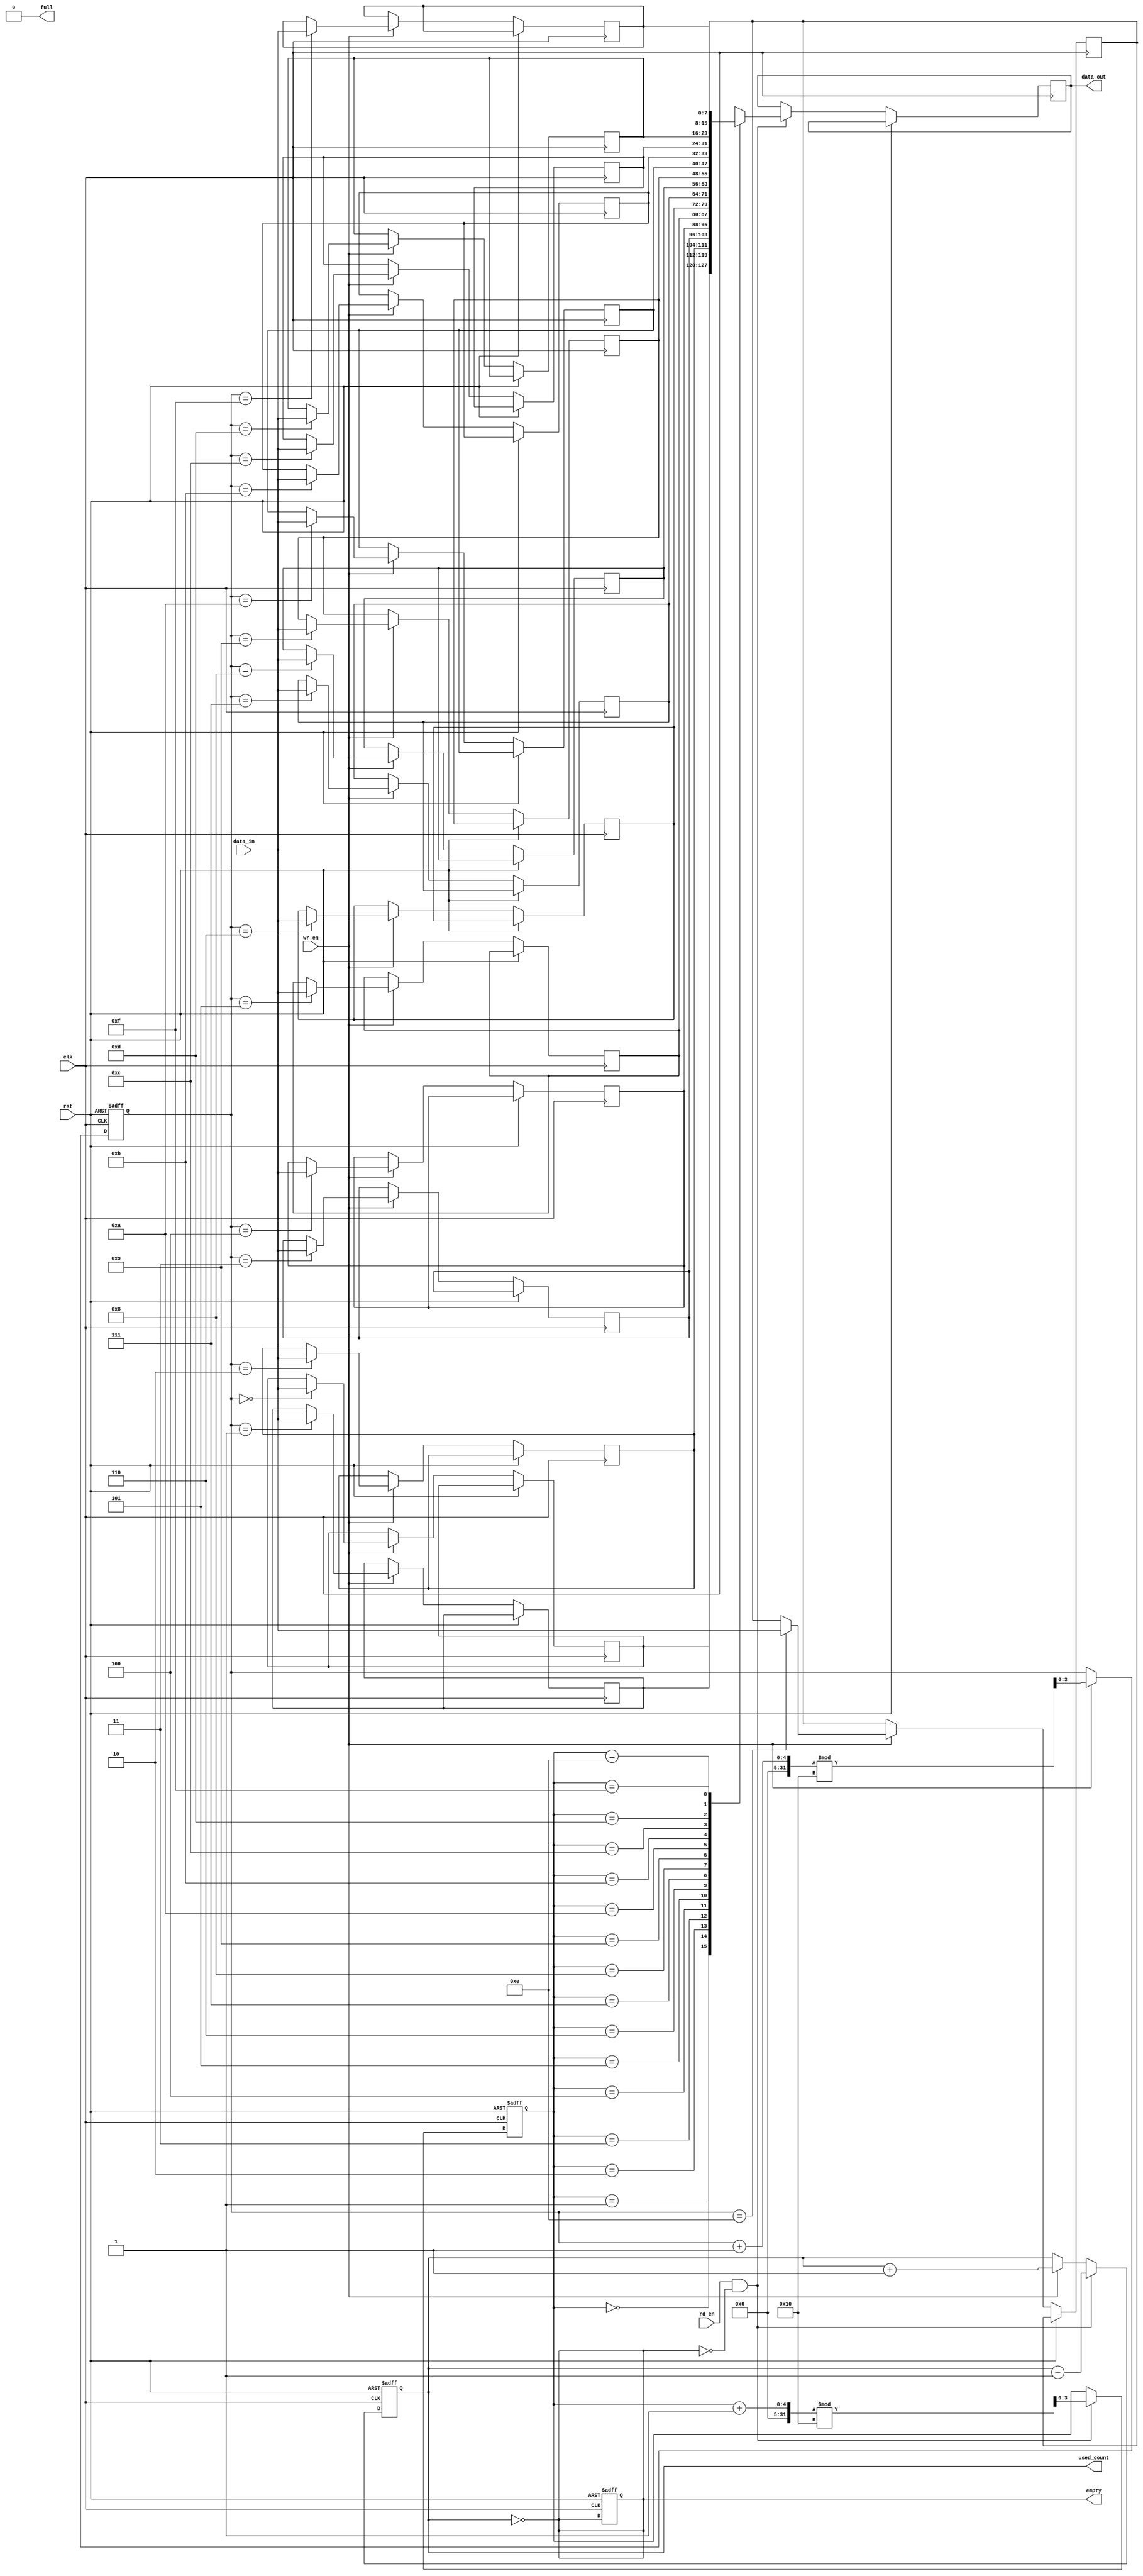
module parameterized_fifo #(
    parameter DEPTH = 16, // Number of entries (must be a power of 2)
    parameter WIDTH = 8   // Size of each entry in bits
)(
    input wire clk,          // Clock signal
    input wire rst,          // Reset signal
    input wire wr_en,        // Write enable
    input wire rd_en,        // Read enable
    input wire [WIDTH-1:0] data_in, // Input data
    output reg [WIDTH-1:0] data_out, // Output data
    output reg full,        // FIFO full flag
    output reg empty,       // FIFO empty flag
    output reg [clog2(DEPTH)-1:0] used_count // Number of entries currently stored
);

    // Internal memory array
    reg [WIDTH-1:0] fifo_mem [0:DEPTH-1];
    
    // Pointers
    reg [clog2(DEPTH)-1:0] wr_ptr; // Write pointer
    reg [clog2(DEPTH)-1:0] rd_ptr; // Read pointer

    // Compute the logarithm base 2 of DEPTH
    function integer clog2;
        input integer value;
        begin
            value = value - 1;
            for (clog2 = 0; value > 0; clog2 = clog2 + 1)
                value = value >> 1;
        end
    endfunction

    // Initialize the FIFO on reset
    always @(posedge clk or posedge rst) begin
        if (rst) begin
            wr_ptr <= 0;
            rd_ptr <= 0;
            used_count <= 0;
            full <= 0;
            empty <= 1;
        end else begin
            // Write operation
            if (wr_en && !full) begin
                fifo_mem[wr_ptr] <= data_in; // Write data to FIFO
                wr_ptr <= (wr_ptr + 1) % DEPTH; // Increment write pointer
                used_count <= used_count + 1; // Increment used count
            end

            // Read operation
            if (rd_en && !empty) begin
                data_out <= fifo_mem[rd_ptr]; // Read data from FIFO
                rd_ptr <= (rd_ptr + 1) % DEPTH; // Increment read pointer
                used_count <= used_count - 1; // Decrement used count
            end
        end
    end

    // Update full and empty flags
    always @(*) begin
        full = (used_count == DEPTH);
        empty = (used_count == 0);
    end

endmodule